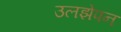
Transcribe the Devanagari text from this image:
उलझेपन